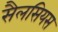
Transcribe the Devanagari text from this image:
सैलसियस